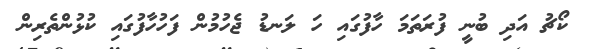
ކޯޗު އަދި ބުނީ ފުރަތަމަ ހާފުގައި ހަ ލަނޑު ޖެހުމުން ފަހުހާފުގައި ކުޅުންތެރިން